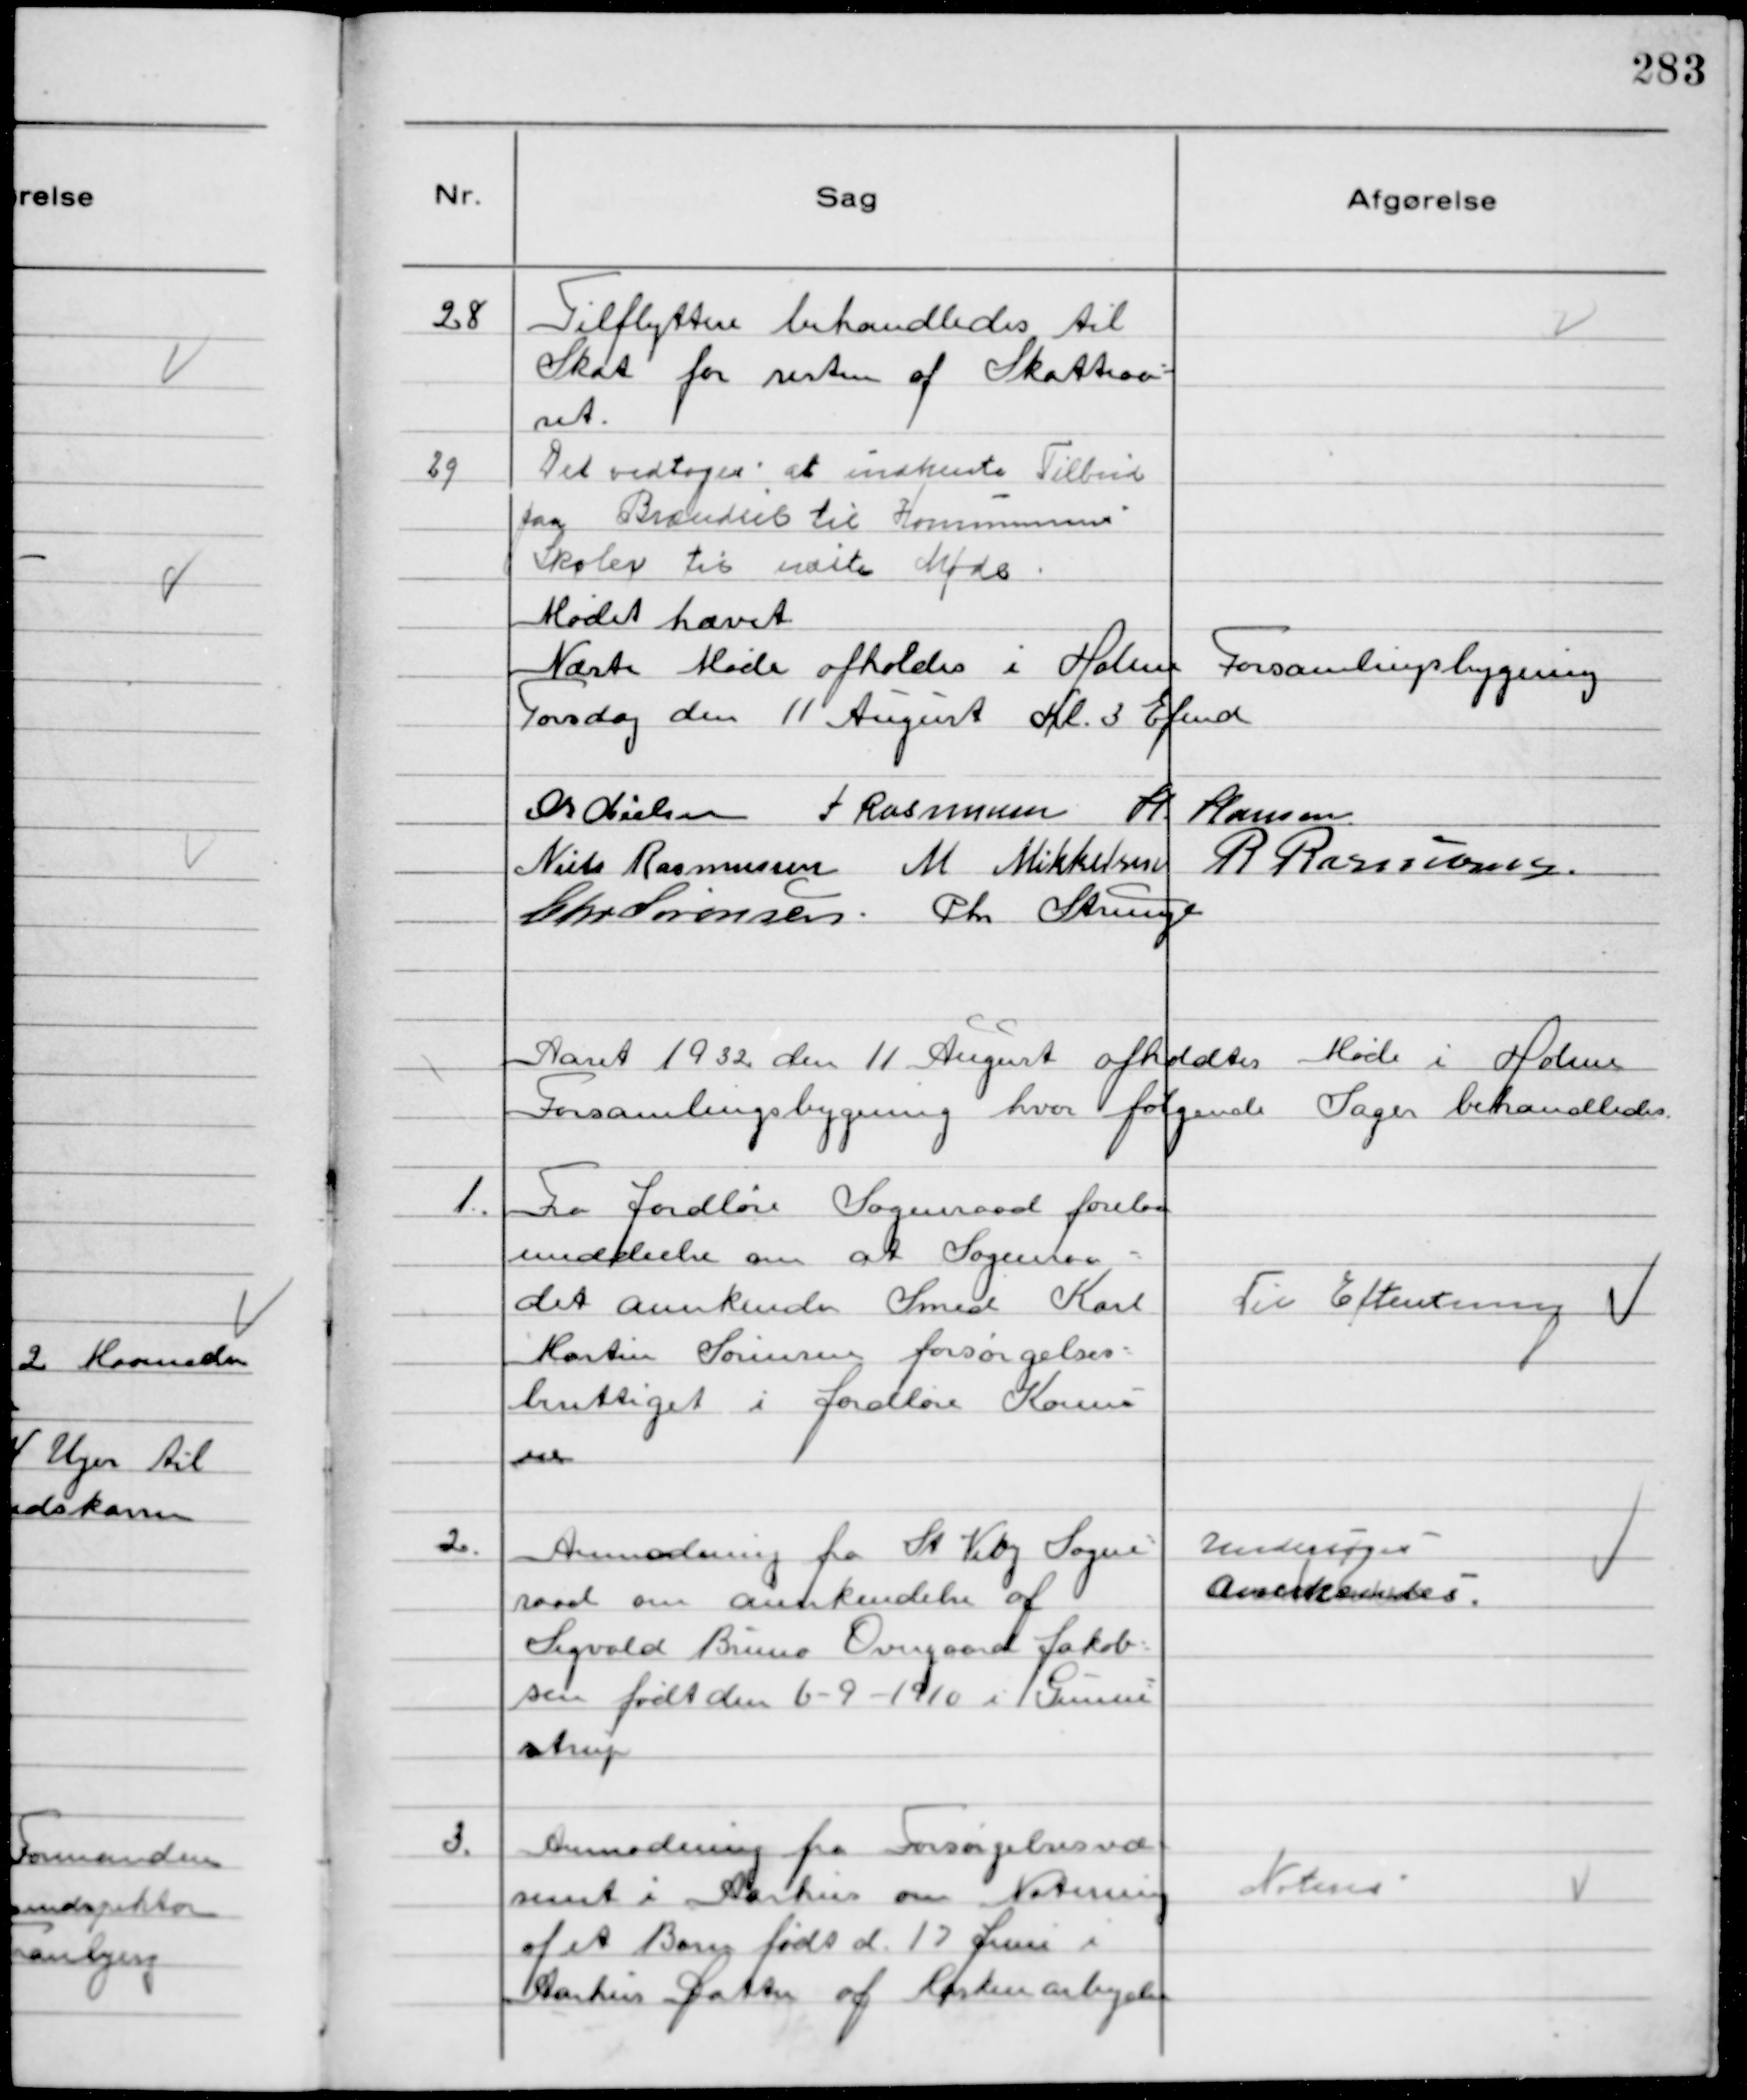
Transskription:
28
Tilflyttere behandledes til
Skat for resten af Skatteaa-
ret.

29
Det vedtoges at indhente Tilbud
paa Brændsel til Kommunens
Skoler til næste Møde.

Mødet hævet
Næste Møde afholdes i Holme Forsamlingsbygning
Torsdag den 11 August Kl. 3 Efmd
Chr Nielsen P Rasmussen H Hansen
Niels Rasmussen M Mikkelsen R Rasmussen
Chr Sørensen Chr Strunge

Aaret 1932 den 11 August afholdtes Møde i Holme
Forsamlingsbygning hvor følgende Sager behandledes.

1.
Fra Jordløse Sogneraad forelaa
meddeelse om at Sogneraa-
det anerkender Smed Karl
Martin Sørensen forsørgelses-
berettiget i Jordløse Kommu
ne

Til Efteretning

2.
Anmodning fra St Viby Sogne-
raad om anerkendelse af
Sigvald Bruno Overgaard Jakob-
sen født den 6-9-1910 i Gunne-
strup

Undersøges
Anerkendes.

3.
Anmodning fra Forsørgelsesvæ
senet i Aarhus om Notering
at et Barn født d. 17 Juni i
Aarhus Datter af Maskinarbejder

Noteres